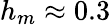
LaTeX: h_{m}\approx 0.3